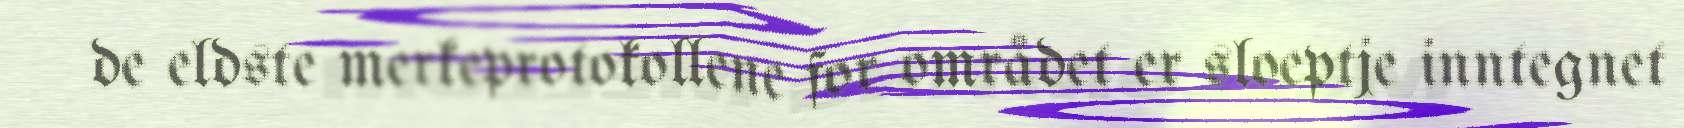
de eldste merkeprotokollene for området er sloeptje inntegnet